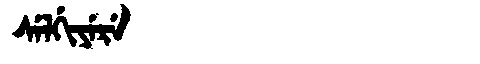
Manchu: ᠰᡝᠯᡤᡳᠶᡝᡵᡝ
Romanization: SELGIYERE